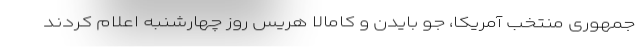
جمهوری منتخب آمریکا، جو بایدن و کامالا هریس روز چهارشنبه اعلام کردند